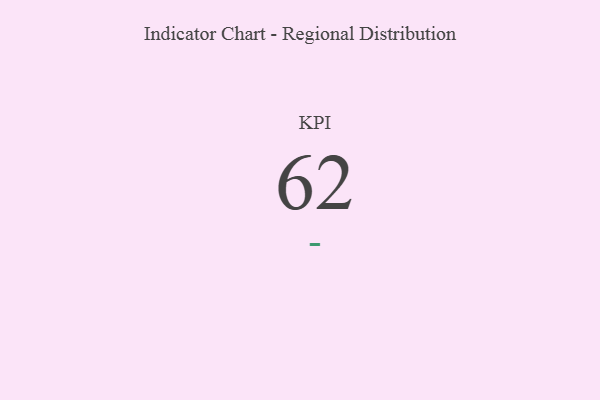
{"axis": {"x": "KPI", "y": "Value"}, "legend": [""], "data": [{"x": "KPI", "y": 62, "type": ""}]}